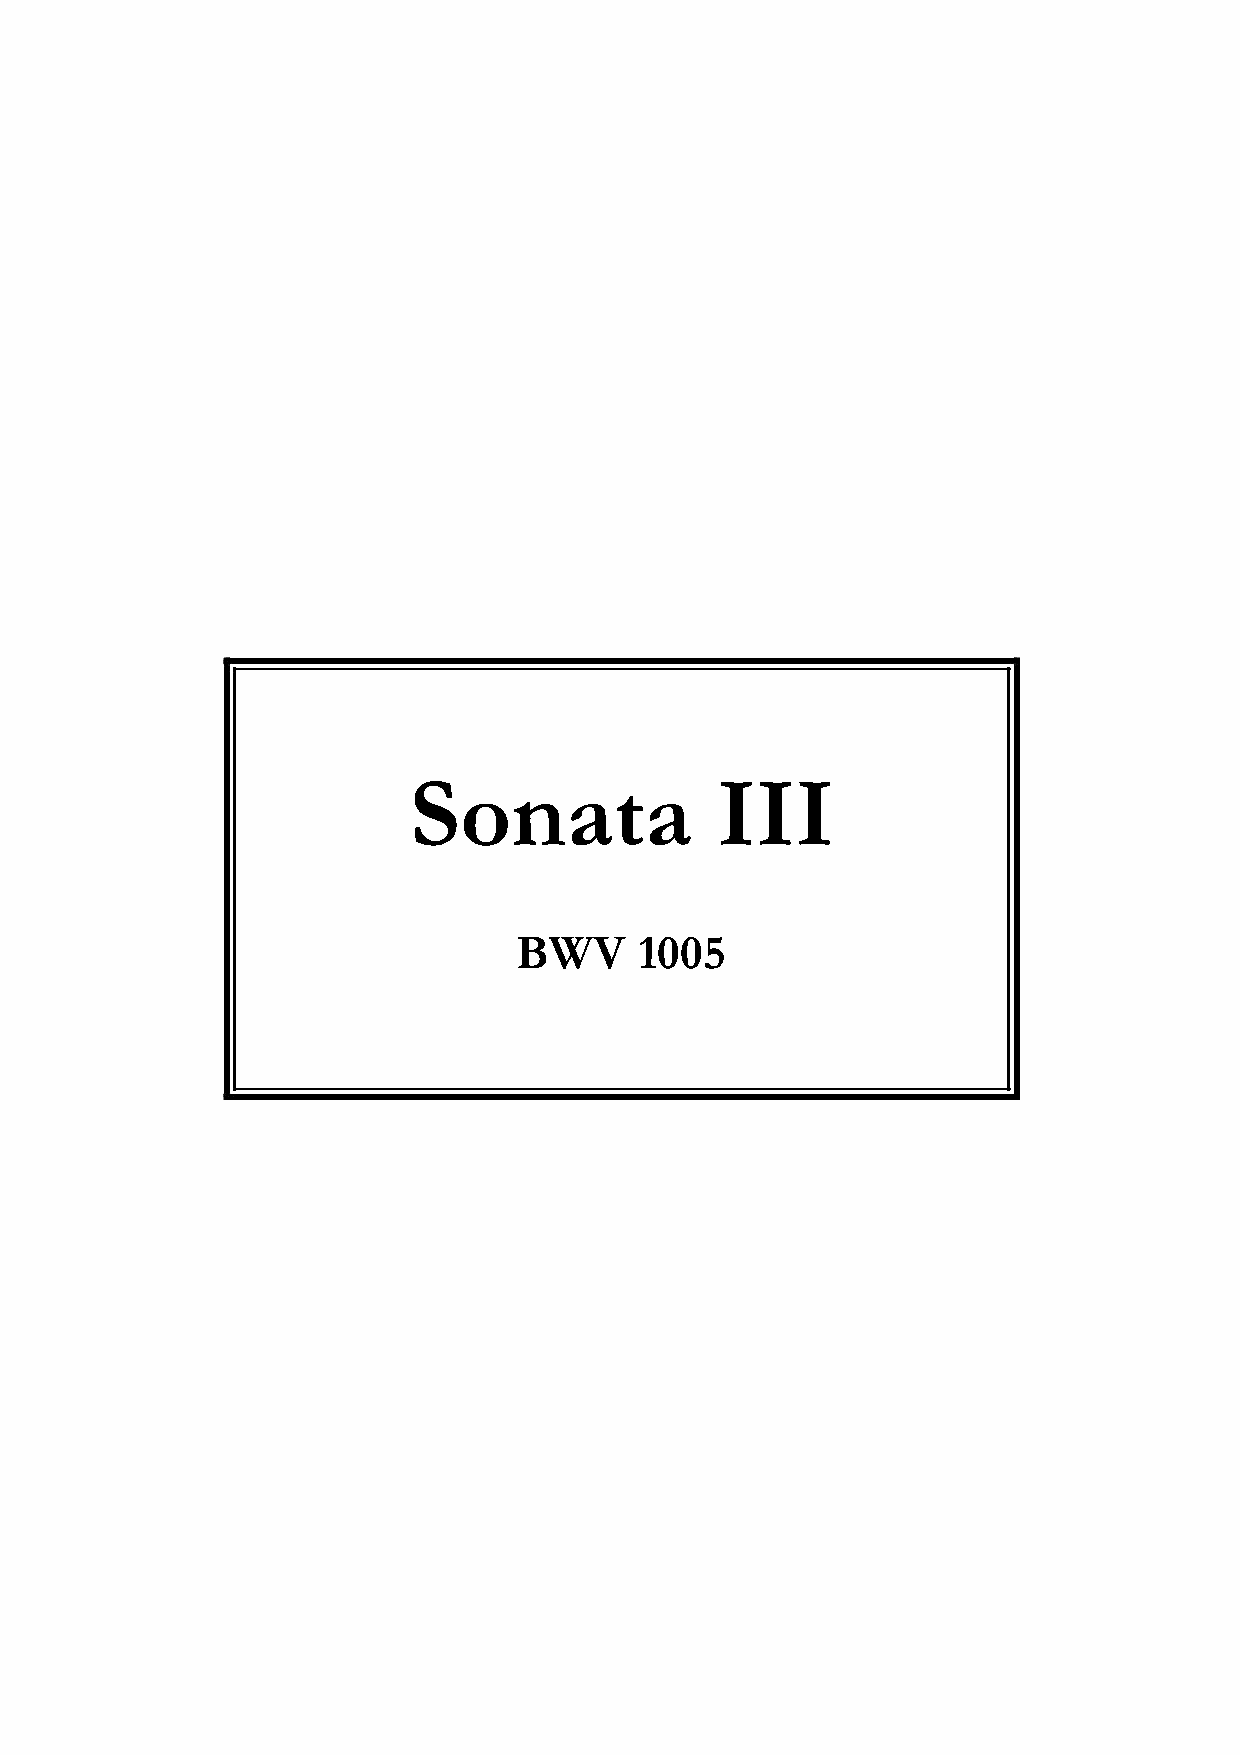
Sonata              III
 BWV     1005